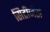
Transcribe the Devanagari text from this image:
सिटीजंस